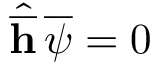
\hat { \overline { { { \bf h } } } } \, \overline { { { \psi } } } = 0